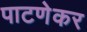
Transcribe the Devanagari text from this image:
पाटणेकर